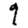
Digit: 9